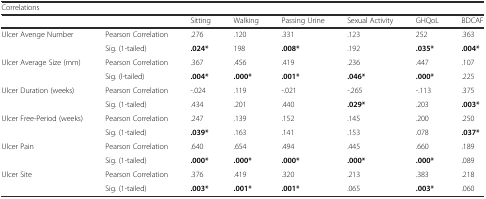
| <COLSPAN=8> Correlations |
 | <COLSPAN=2>  | Sitting | Walking | Passing Urine | Sexual Activity | GHQoL | BDCAF |
 | --- | --- | --- | --- | --- | --- | --- | --- |
 | <ROWSPAN=2> Ulcer Avenge Number | Pearson Correlation | .276 | .120 | .331 | .123 | 252 | .363 |
 | Sig. (1-tailed) | .024* | 198 | .008* | .192 | .035* | .004* |
 | <ROWSPAN=2> Ulcer Average Size (mm) | Pearson Correlation | .367 | .456 | .419 | .236 | .447 | .107 |
 | Sig. (I-tailed) | .004* | .000* | .001* | .046* | .000* | .225 |
 | <ROWSPAN=2> Ulcer Duration (weeks) | Pearson Correlation | -.024 | .119 | -.021 | -.265 | -.113 | .375 |
 | Sig. (1-tailed) | .434 | .201 | .440 | .029* | .203 | .003* |
 | <ROWSPAN=2> Ulcer Free-Period (weeks) | Pearson Correlation | .247 | .139 | .152 | .145 | .200 | .250 |
 | Sig. (1-tailed) | .039* | .163 | .141 | .153 | .078 | .037* |
 | <ROWSPAN=2> Ulcer Pain | Pearson Correlation | .640 | .654 | .494 | .445 | .660 | .189 |
 | Sig. (1-tailed) | .000* | .000* | .000* | .000* | .000* | .089 |
 | <ROWSPAN=2> Ulcer Site | Pearson Correlation | .376 | .419 | .320 | .213 | .383 | .218 |
 | Sig. (1-tailed) | .003* | .001* | .001* | .065 | .003* | .060 |